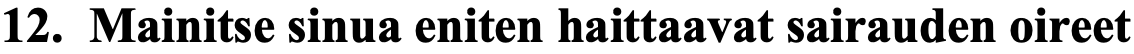
12. Mainitse sinua eniten haittaavat sairauden oireet